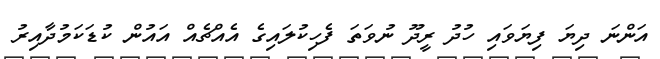
އަންނަ ދިޔަ ފިޔަވައި ހުދު ރީދޫ ނުވަަތަ ފެހިކުލައިގެ އެއްޗެއް އައުން ކުޑަކަމުދާއިރު